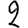
Digit: 2